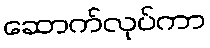
ဆောက်လုပ်ကာ